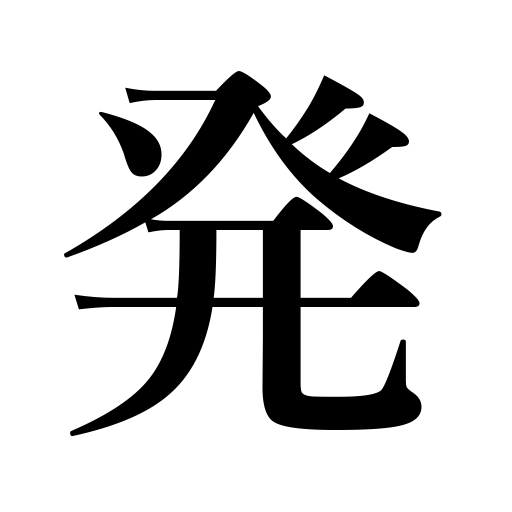
Meanings: departure,discharge of a gun